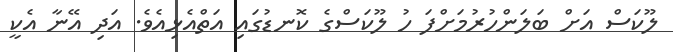
ލޫކަސް އަށް ބަލަންހުރުމަށްފަ ހު ލޫކަސްގެ ކޮނޑުގައި އަތްއެޅިއެވެ. އަދި އޭނާ އެކީ